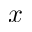
x